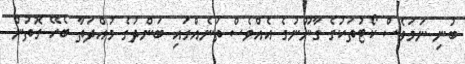
ބުނި ނަމަވެސް ކޯޓުތަކުގެ ގާނޫނުގެ އެއްވެސް ތަނެއްގައި ބަންދުގެ މުއްދަތާ ބެހޭ ގޮތުން